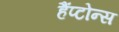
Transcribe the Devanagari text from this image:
हैंप्टोन्स